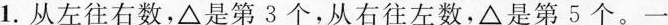
1.从左往右数，\bigtriangleup 是第3个，从右往左数，\bigtriangleup 是第5个。一